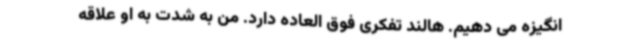
انگیزه می دهیم. هالند تفکری فوق العاده دارد. من به شدت به او علاقه